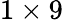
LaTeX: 1\times 9